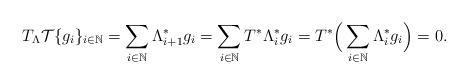
LaTeX: \begin{align*}T_\Lambda\mathcal{T}\{g_i\}_{i\in\mathbb{N}}=\sum_{i\in\mathbb{N}}\Lambda_{i+1}^*g_i=\sum_{i\in\mathbb{N}}T^*\Lambda_i^*g_i=T^*\Big(\sum_{i\in\mathbb{N}}\Lambda_i^*g_i\Big)=0.\end{align*}